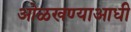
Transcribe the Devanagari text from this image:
ओळखण्याआधी